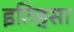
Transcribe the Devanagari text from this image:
इतिहसा